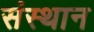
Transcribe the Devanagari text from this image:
संस्थान